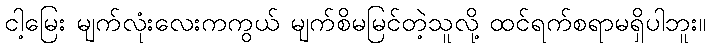
ငါ့မြေး မျက်လုံးလေးကကွယ် မျက်စိမမြင်တဲ့သူလို့ ထင်ရက်စရာမရှိပါဘူး။